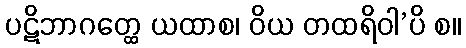
ပဋိဘာဂတ္ထေ ယထာစ၊ ဝိယ တထရိဝါ’ပိ စ။